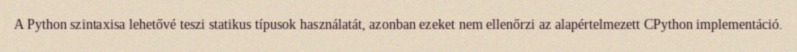
A Python szintaxisa lehetővé teszi statikus típusok használatát, azonban ezeket nem ellenőrzi az alapértelmezett CPython implementáció.